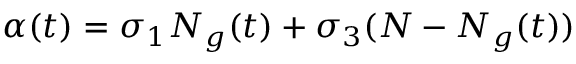
\alpha ( t ) = \sigma _ { 1 } N _ { g } ( t ) + \sigma _ { 3 } ( N - N _ { g } ( t ) )